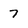
Character: 7